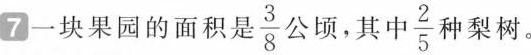
7一块果园的面积是\frac{3}{8}公顷，其中 \frac{2}{5}种梨树。